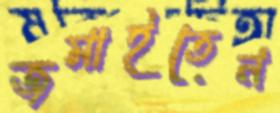
জমাইতেন